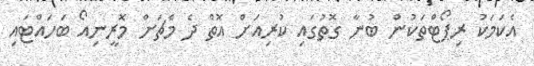
އެކަމަކު ރިޕޯޓްތަކުން ބުނާ ގޮތުގައި ކުރިއަށް އޮތް ދެ މެޗަށް މޮރީނިއޯ ބަހައްޓައި